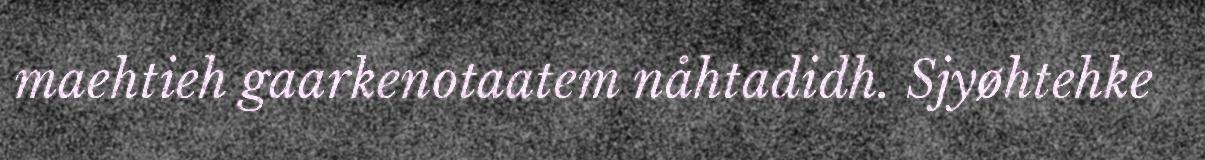
maehtieh gaarkenotaatem nåhtadidh. Sjyøhtehke